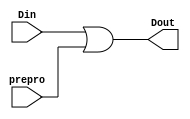
module lhn_preprocessing (Din,prepro,Dout);
	input [3:0] Din;
	input [3:0] prepro;
	output [3:0] Dout;
	
	assign Dout = Din | prepro;
	
endmodule